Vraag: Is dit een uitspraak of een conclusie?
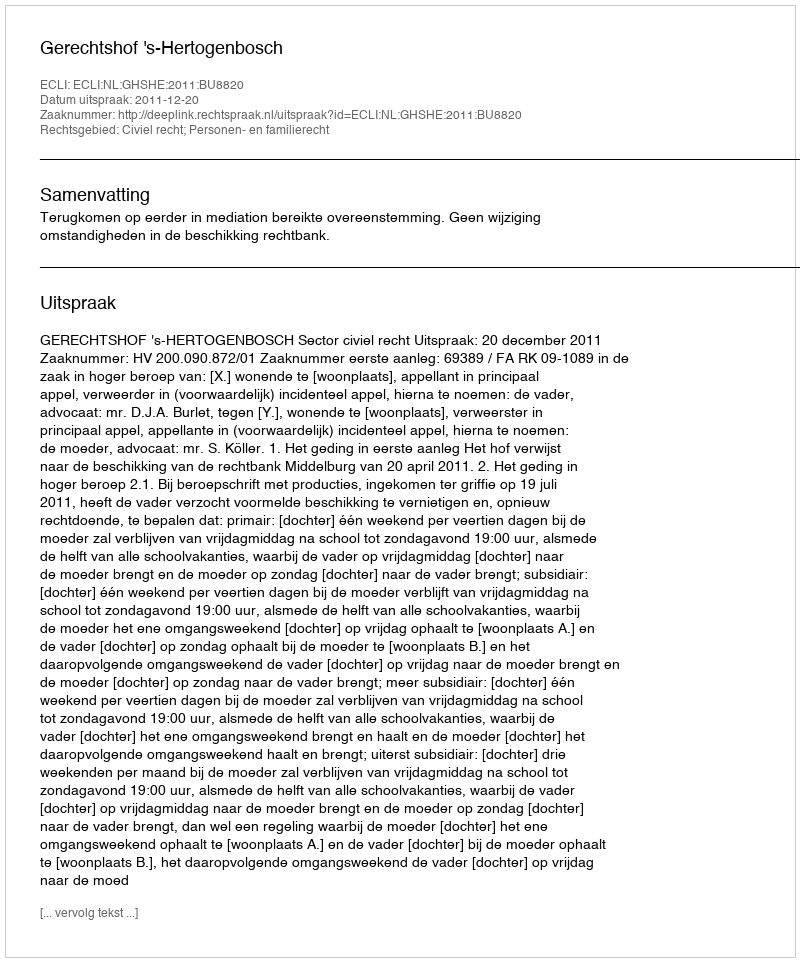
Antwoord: Uitspraak